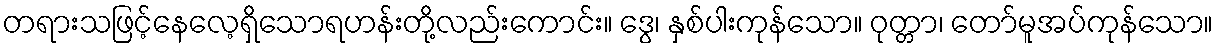
တရားသဖြင့်နေလေ့ရှိသောရဟန်းတို့လည်းကောင်း။ ဒွေ၊ နှစ်ပါးကုန်သော။ ဝုတ္တာ၊ တော်မူအပ်ကုန်သော။